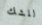
للشك